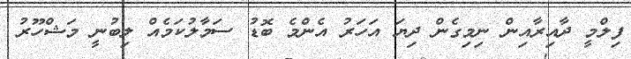
ފިލްމީ ދާއިރާއިން ނިމިގެން ދިޔަ އަހަރު އެންމެ ބޮޑު ސަމާލުކަމެއް ލިބުނީ މަޝްހޫރު